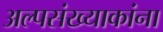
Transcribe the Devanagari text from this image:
अल्पसंख्याकांना